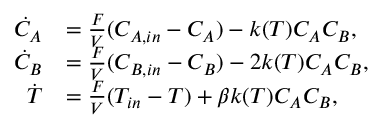
\begin{array} { r l } { \dot { C } _ { A } } & { = \frac { F } { V } ( C _ { A , i n } - C _ { A } ) - k ( T ) C _ { A } C _ { B } , } \\ { \dot { C } _ { B } } & { = \frac { F } { V } ( C _ { B , i n } - C _ { B } ) - 2 k ( T ) C _ { A } C _ { B } , } \\ { \dot { T } } & { = \frac { F } { V } ( T _ { i n } - T ) + \beta k ( T ) C _ { A } C _ { B } , } \end{array}